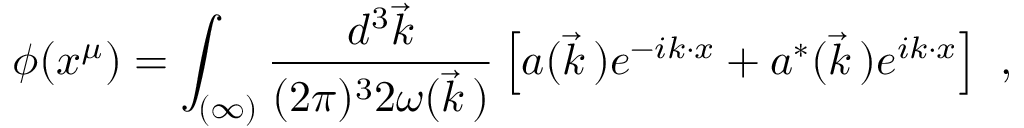
\phi ( x ^ { \mu } ) = \int _ { ( \infty ) } \frac { d ^ { 3 } \vec { k } } { ( 2 \pi ) ^ { 3 } 2 \omega ( \vec { k } \, ) } \left[ a ( \vec { k } \, ) e ^ { - i k \cdot x } + a ^ { * } ( \vec { k } \, ) e ^ { i k \cdot x } \right] \ ,